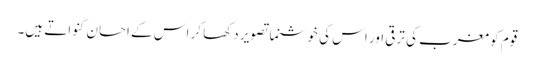
قوم کو مغرب کی ترقی اور اس کی خوشنما تصویر دکھا کر اس کے احسان گنواتے ہیں۔